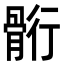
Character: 䯒